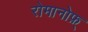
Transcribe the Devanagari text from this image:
रोमानोफ़्